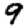
Digit: 9